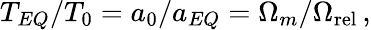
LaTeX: T_{EQ}/T_{0}=a_{0}/a_{EQ}=\Omega_{m}/\Omega_{\mathrm{rel}}\, ,